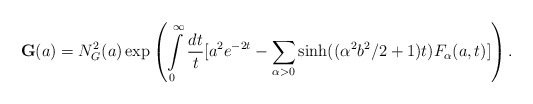
\begin{align*}\mathbf{G}(a)=N_{G}^{2}(a)\exp \left( \int\limits_{0}^{\infty }\frac{dt}{t}[a^{2}e^{-2t}-\sum_{\alpha >0}\sinh ((\alpha ^{2}b^{2}/2+1)t)F_{\alpha }(a,t)]\right) . \end{align*}